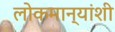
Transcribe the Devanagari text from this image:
लोकमान्यांशी